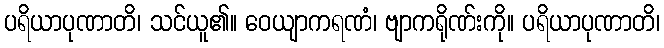
ပရိယာပုဏာတိ၊ သင်ယူ၏။ ဝေယျာကရဏံ၊ ဗျာကရိုဏ်းကို။ ပရိယာပုဏာတိ၊